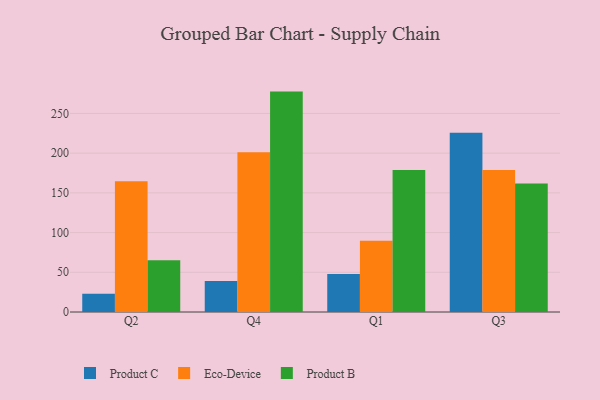
{"axis": {"x": "Quarter", "y": "Latency (ms)"}, "legend": ["Eco-Device", "Product B", "Product C"], "data": [{"x": "Q2", "y": 23.0, "type": "Product C"}, {"x": "Q2", "y": 164.5, "type": "Eco-Device"}, {"x": "Q2", "y": 65.0, "type": "Product B"}, {"x": "Q4", "y": 39.1, "type": "Product C"}, {"x": "Q4", "y": 201.2, "type": "Eco-Device"}, {"x": "Q4", "y": 277.5, "type": "Product B"}, {"x": "Q1", "y": 48.0, "type": "Product C"}, {"x": "Q1", "y": 89.6, "type": "Eco-Device"}, {"x": "Q1", "y": 178.9, "type": "Product B"}, {"x": "Q3", "y": 225.7, "type": "Product C"}, {"x": "Q3", "y": 178.7, "type": "Eco-Device"}, {"x": "Q3", "y": 161.7, "type": "Product B"}]}